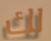
لك